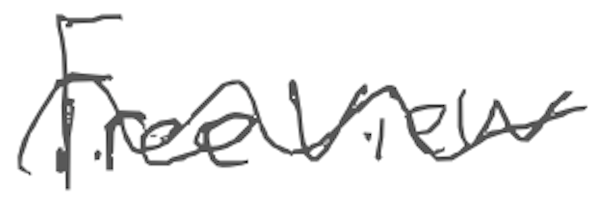
Text: Freeview
Cross-out: wave
Writing tool: digital_gray